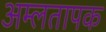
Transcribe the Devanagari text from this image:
अम्लतापक